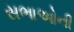
સભાઓની